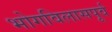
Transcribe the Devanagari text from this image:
भोगविलासपूर्व